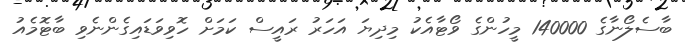
ބާސެލޯނާގެ 140000 މީހުންގެ ވޯޓާއެކު މިދިޔަ އަހަރު ރައީސް ކަމަށް ހޮވިވަޑައިގެންނެވި ބާޓޮމެއު